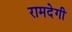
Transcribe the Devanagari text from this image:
रामदेगी